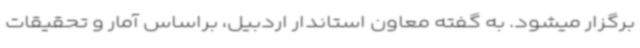
برگزار میشود. به گفته معاون استاندار اردبیل، براساس آمار و تحقیقات